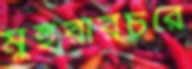
মুহুরীরচরে